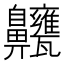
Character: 𪗃